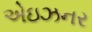
એઇઝનર